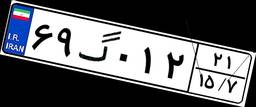
۶۹گ۰۱۲۲۱